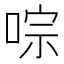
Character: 𠵻